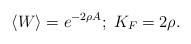
LaTeX: \begin{align*}\langle W \rangle = e^{-2\rho A};\;K_F = 2\rho.\end{align*}